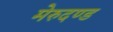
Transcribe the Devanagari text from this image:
मेरुदण्‍ड